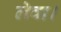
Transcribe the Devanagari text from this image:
लेवा।